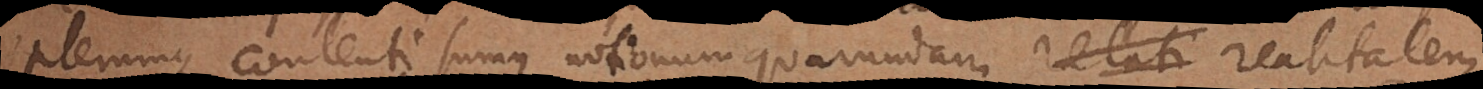
Plerumque contenti sumus, notionum quarundam realitatem